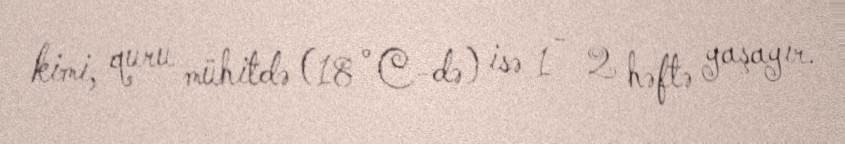
kimi, quru mühitdə (18 °C-də) isə 1 - 2 həftə yaşayır.